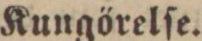
Kungörelſe.